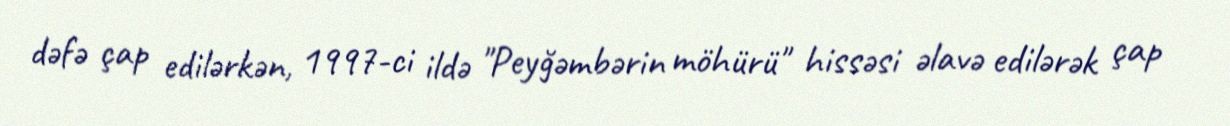
dəfə çap edilərkən, 1997-ci ildə "Peyğəmbərin möhürü" hissəsi əlavə edilərək çap